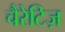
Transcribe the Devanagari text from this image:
चैरेटिज़